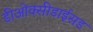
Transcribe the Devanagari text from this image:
डीओक्सीडाईसड